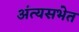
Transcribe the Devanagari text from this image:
अंत्यसभेत